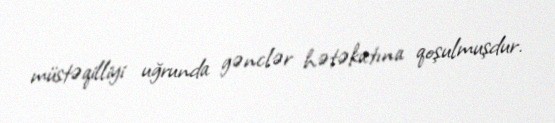
müstəqilliyi uğrunda gənclər hətəkatına qoşulmuşdur.